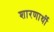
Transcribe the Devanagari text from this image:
शारणार्थी